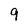
Character: 9